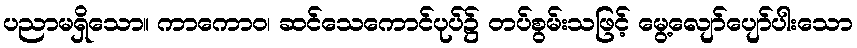
ပညာမရှိသော။ ကာကောဝ၊ ဆင်သေကောင်ပုပ်၌ တပ်စွမ်းသဖြင့် မွေ့လျော်ပျော်ပါးသော